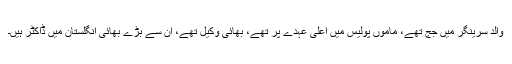
والد سرینگر میں جج تھے، ماموں پولیس میں اعلیٰ عہدے پر تھے، بھائی وکیل تھے، ان سے بڑے بھائی انگلستان میں ڈاکٹر ہیں۔